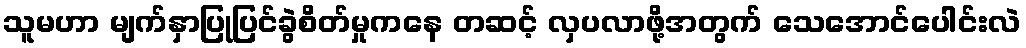
သူမဟာ မျက်နှာပြုပြင်ခွဲစိတ်မှုကနေ တဆင့် လှပလာဖို့အတွက် သေအောင်ပေါင်းလဲ